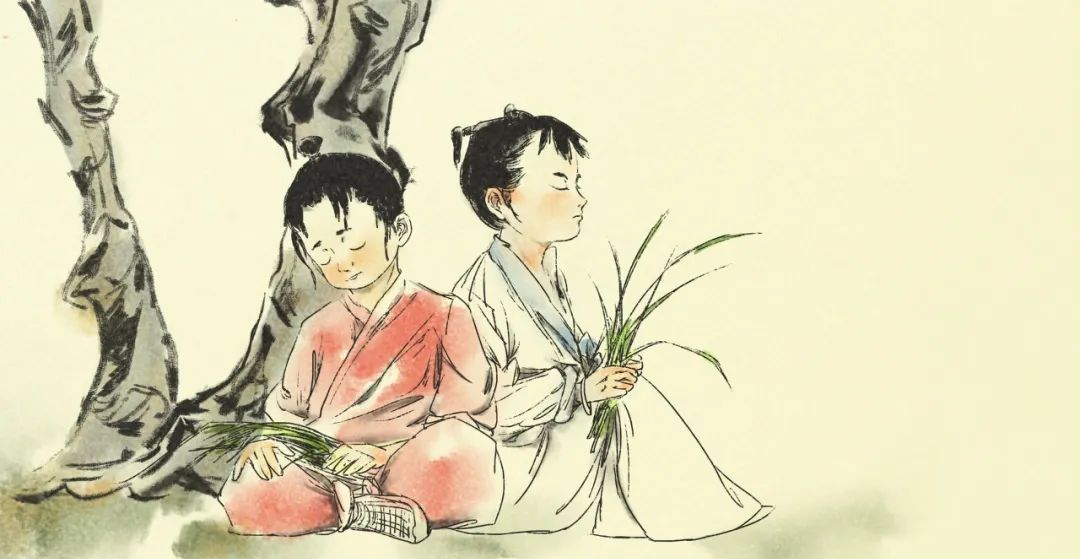
愿为西南风，长逝入君怀。